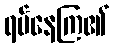
ရပ်နေကြ၏